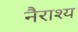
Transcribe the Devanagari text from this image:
नैराश्‍य